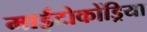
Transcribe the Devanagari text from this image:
माईटोकोंड्रिया